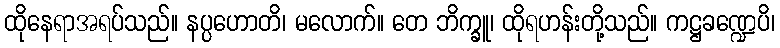
ထိုနေရာအရပ်သည်။ နပ္ပဟောတိ၊ မလောက်။ တေ ဘိက္ခူ၊ ထိုရဟန်းတို့သည်။ ကဋ္ဌခဏ္ဍေပိ၊